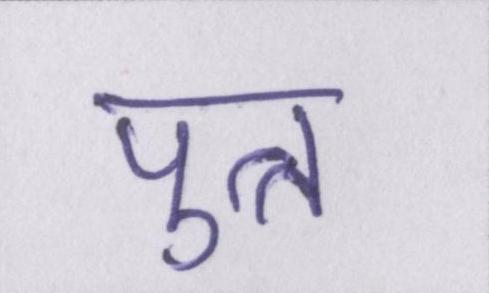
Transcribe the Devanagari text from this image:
पुत्त